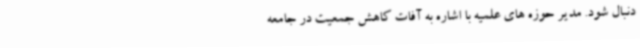
دنبال شود. مدیر حوزه های علمیه با اشاره به آفات کاهش جمعیت در جامعه